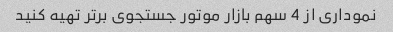
نموداری از 4 سهم بازار موتور جستجوی برتر تهیه کنید